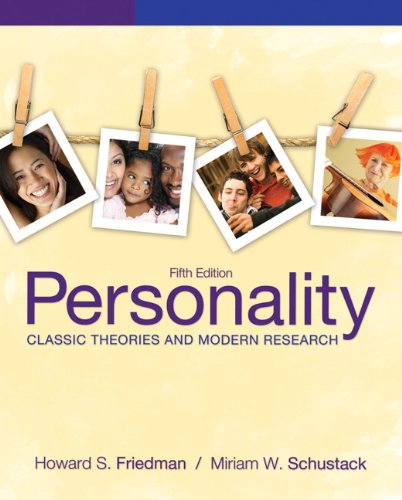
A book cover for Personality: Classic Theories and Modern Research (5th Edition); Howard S. Friedman; Health, Fitness & Dieting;